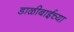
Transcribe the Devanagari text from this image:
डाळीबाईच्या